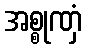
အစ္စုဏှံ